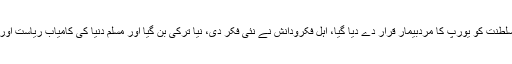
عثمانی سلطنت ٹوٹی، عثمانی سلطنت کو یورپ کا مردِبیمار قرار دے دیا گیا، اہل فکرودانش نے نئی فکر دی، نیا ترکی بن گیا اور مسلم دنیا کی کامیاب ریاست اور مثالی سماج بن کر سامنے آیا۔